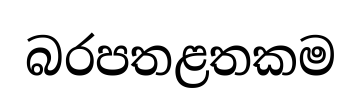
බරපතළතකම